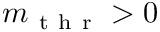
m _ { \mathrm { ~ t ~ h ~ r ~ } } > 0